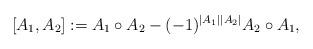
LaTeX: \begin{align*}[A_1,A_2]:=A_1\circ A_2 -(-1)^{|A_1||A_2|}A_2\circ A_1,\end{align*}